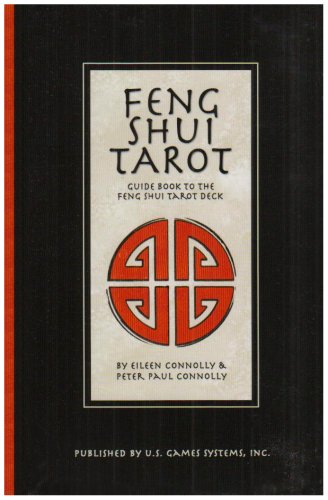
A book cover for Feng Shui Tarot Book; Eileen Connolly; Religion & Spirituality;